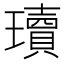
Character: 瓄